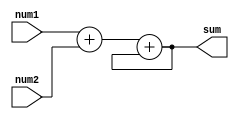
module carry_save_adder (
    input wire [7:0] num1, // 8-bit input number 1
    input wire [7:0] num2, // 8-bit input number 2
    output reg [7:0] sum // 8-bit output sum
);

reg [7:0] intermediate_sum;
reg [7:0] carry_save_sum;

// Step 1: Add the two numbers without considering carry
always @* begin
    intermediate_sum = num1 + num2;
end

// Step 2: Add the intermediate sum with the saved carry bits
always @* begin
    carry_save_sum = intermediate_sum + {1'b0, sum};
end

// Step 3: Combine the sum and carry bits to obtain the final sum
always @* begin
    sum = intermediate_sum + sum;
end

endmodule